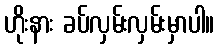
ဟိုးနား ခပ်လှမ်းလှမ်းမှာပါ။